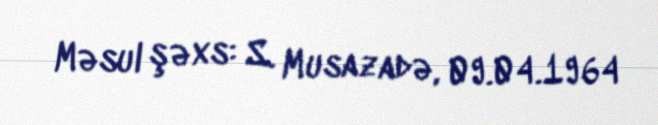
Məsul şəxs: S. Musazadə, 09.04.1964